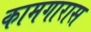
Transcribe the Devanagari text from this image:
कामगारास